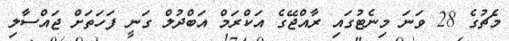
މެޗުގެ 28 ވަނަ މިނެޓުގައި ރާއްޖޭގެ އަކްރަމް އަބްދުލް ގަނީ ފަހަތަށް ޖައްސާލި